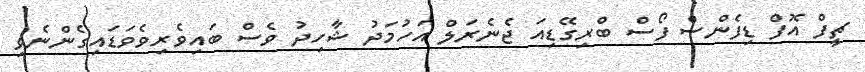
ޗީފް އޮފް ޑިފެންސް ފޯސް ބްރިގޭޑިއަ ޖެނެރަލް އަހުމަދު ޝާހިދު ވެސް ބައިވެރިވެވަޑައިގެންނެވި